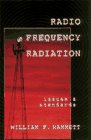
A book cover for Radio Frequency Radiation: Issues & Standards; William F. Hammett; Crafts, Hobbies & Home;